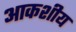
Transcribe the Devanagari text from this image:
आकशीय